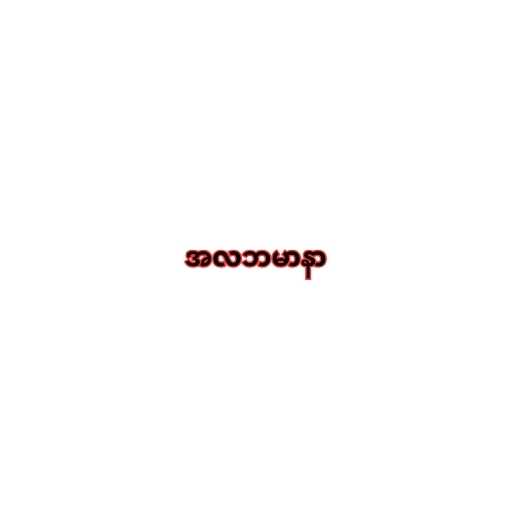
အလဘမာနာ